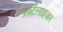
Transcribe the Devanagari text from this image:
फ़र्टिलाइज़र